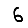
Digit: 6